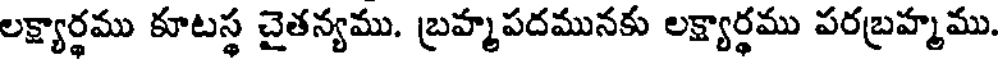
లక్ష్యార్థము కూటస్థ చైతన్యము. బ్రహ్మపదమునకు లక్ష్యార్థము పరబ్రహ్మము.